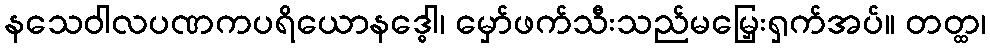
နသေဝါလပဏကပရိယောနဒ္ဓေါ၊ မှော်ဖက်သီးသည်မမြှေးရှက်အပ်။ တတ္ထ၊